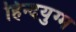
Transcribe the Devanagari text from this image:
हिन्दयुग्म